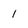
Character: 1